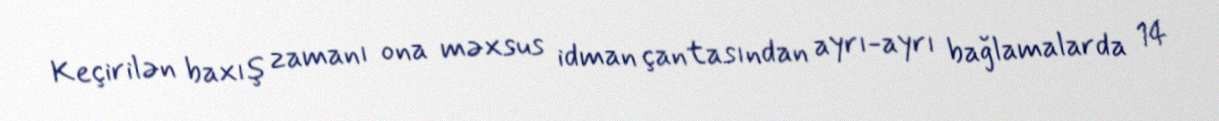
Keçirilən baxış zamanı ona məxsus idman çantasından ayrı-ayrı bağlamalarda 14